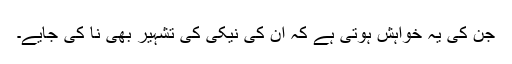
جن کی یہ خواہش ہوتی ہے کہ ان کی نیکی کی تشہیر بھی نا کی جایے۔